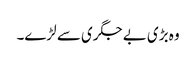
وہ بڑی بے جگری سے لڑے۔